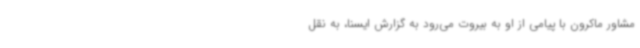
مشاور ماکرون با پیامی از او به بیروت می‌رود به گزارش ایسنا، به نقل